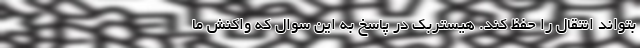
بتواند انتقال را حفظ کند. هیستربک در پاسخ به این سوال که واکنش ما